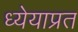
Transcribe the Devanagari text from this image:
ध्येयाप्रत